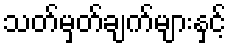
သတ်မှတ်ချက်များနှင့်